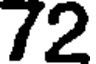
72